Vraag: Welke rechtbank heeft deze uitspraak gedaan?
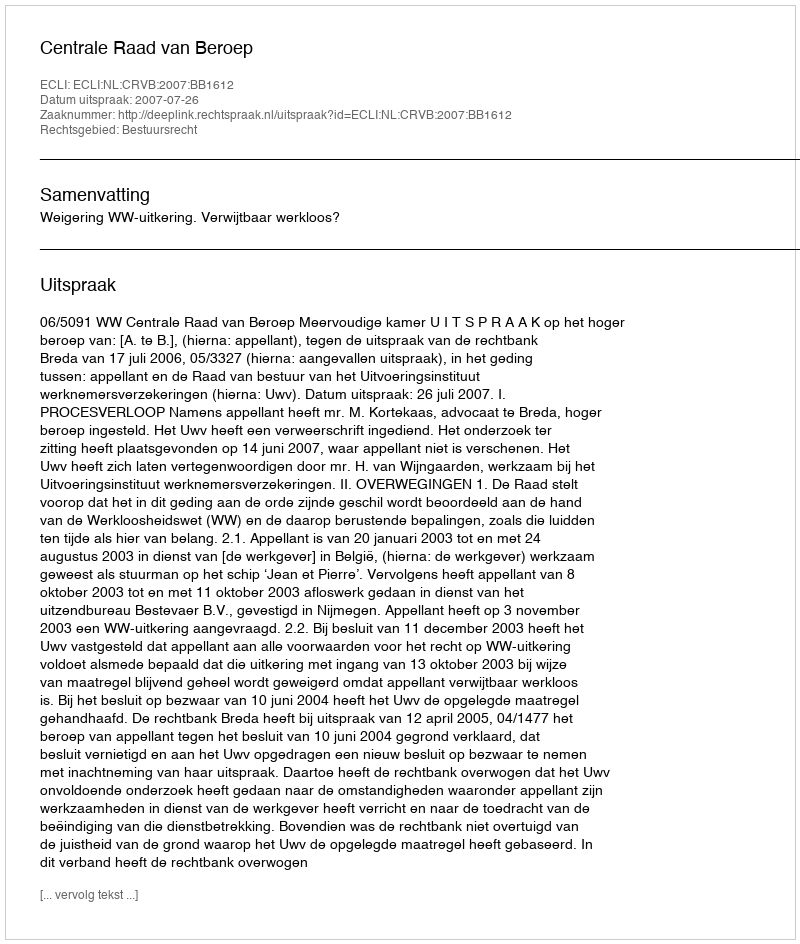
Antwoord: Centrale Raad van Beroep